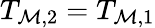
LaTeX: T_{\mathcal{M},2}=T_{\mathcal{M},1}